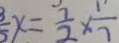
x = \frac { 7 } { 2 } \times \frac { 1 } { 7 }